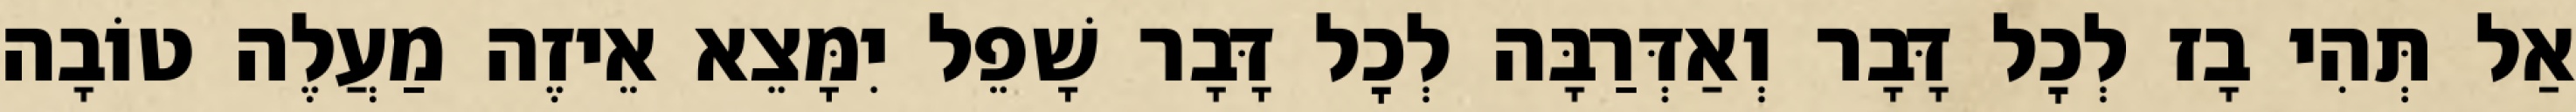
אַל תְּהִי בָז לְכׇל דָּבָר וְאַדְּרַבָּה לְכׇל דָּבָר שָׁפֵל יִמָּצֵא אֵיזֶה מַעֲלֶה טוֹבָה